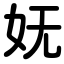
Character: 妩